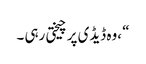
“ ،وہ ڈیڈی پر چیختی رہی ۔